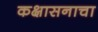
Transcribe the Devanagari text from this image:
कक्षासनाचा